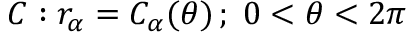
C : r _ { \alpha } = C _ { \alpha } ( \theta ) \, ; \; 0 < \theta < 2 \pi